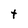
Character: t